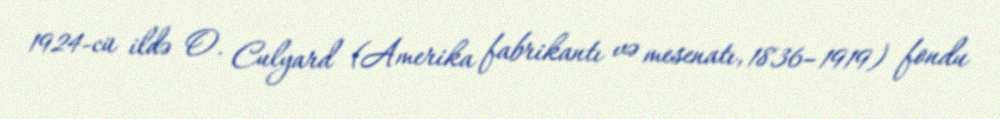
1924-cü ildə O. Culyard (Amerika fabrikantı və mesenatı, 1836–1919) fondu